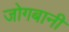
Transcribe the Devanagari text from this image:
जोगबानी